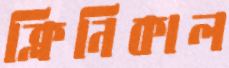
ক্লিনিকাল